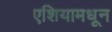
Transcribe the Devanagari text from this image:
एशियामधून